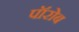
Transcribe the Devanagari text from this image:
पॉरोब